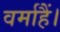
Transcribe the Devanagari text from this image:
वर्माहैं।